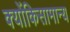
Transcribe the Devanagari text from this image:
क्योंकिसामान्य